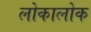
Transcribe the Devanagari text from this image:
लोकालोक